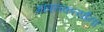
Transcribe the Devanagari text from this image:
मापनकर्त्यांना